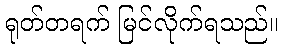
ရုတ်တရက် မြင်လိုက်ရသည်။